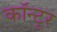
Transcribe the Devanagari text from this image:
कॉन्टूर